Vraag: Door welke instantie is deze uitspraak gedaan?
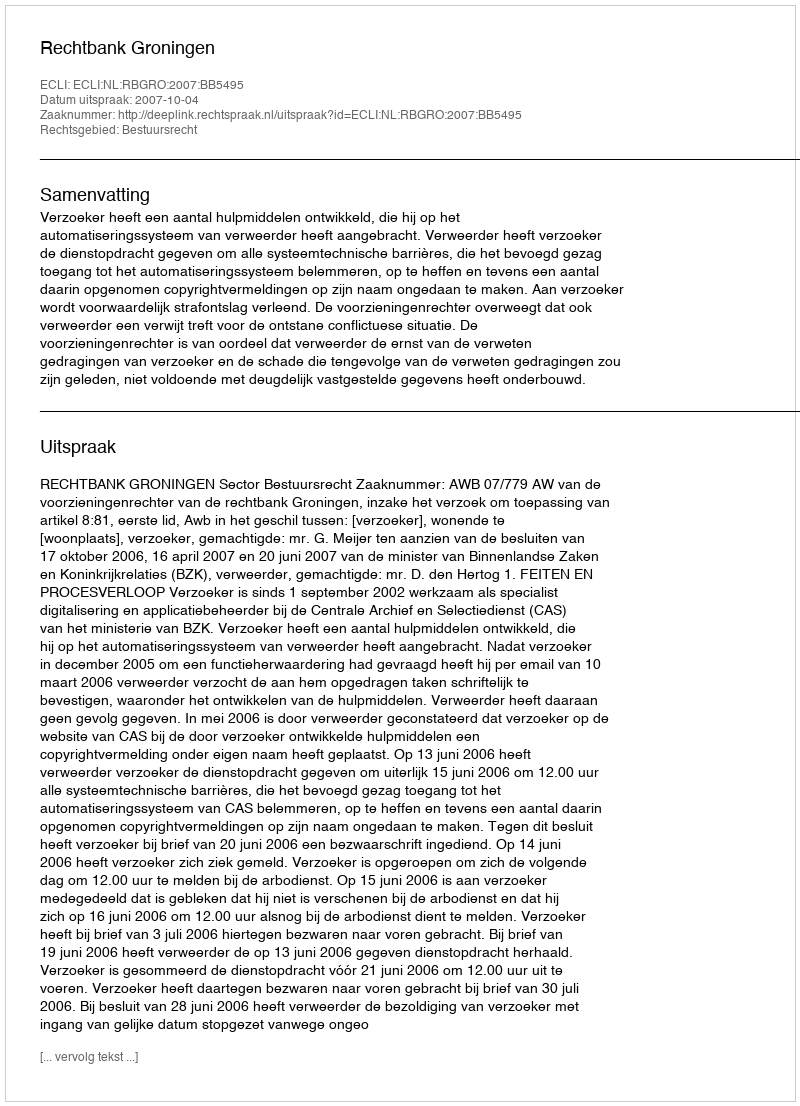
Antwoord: Rechtbank Groningen